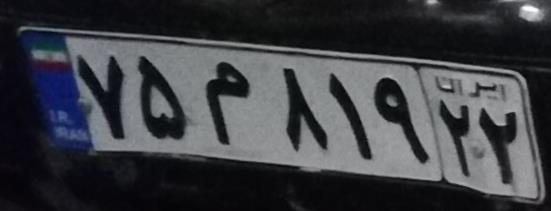
۷۵م۸۱۹۲۲